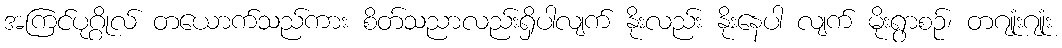
အကြင်ပုဂ္ဂိုလ် တယောက်သည်ကား စိတ်သညာလည်းရှိပါလျက် နိုးလည်း နိုးနေပါ လျက် မိုးရွာစဉ်၊ တဂျုံးဂျုံး